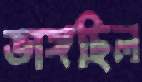
ভাঙ্গছিল